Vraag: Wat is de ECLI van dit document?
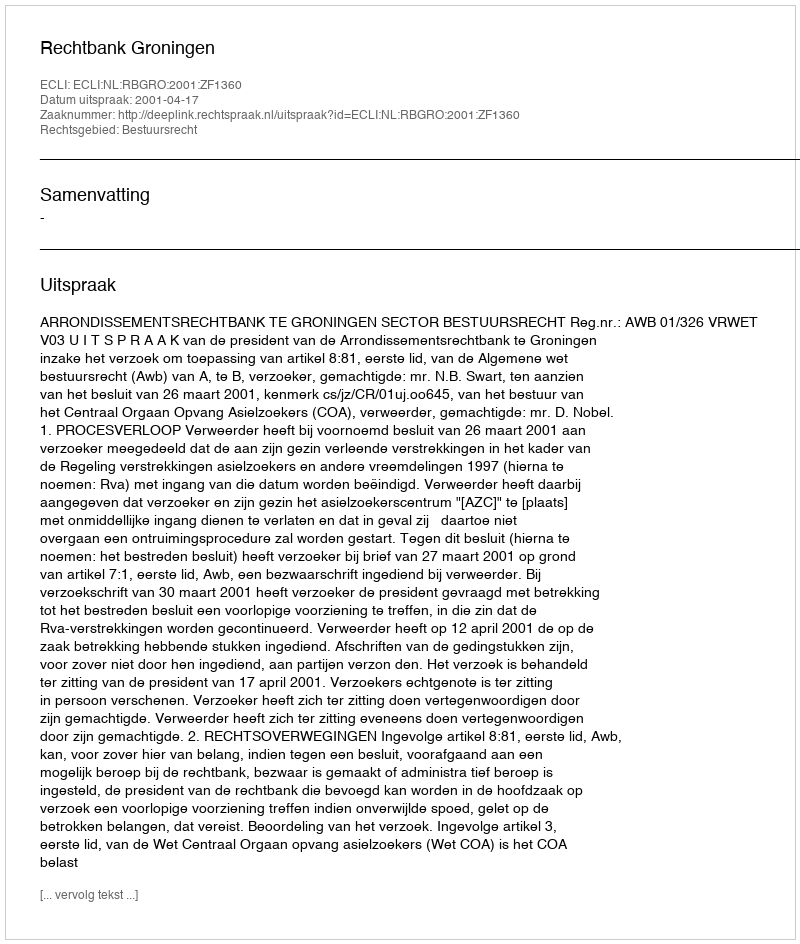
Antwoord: ECLI:NL:RBGRO:2001:ZF1360